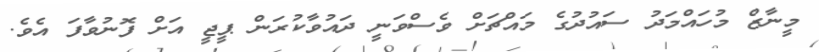
މީނާޒް މުހައްމަދު ސައުދުގެ މައްޗަށް ވެސްވަނީ ދައުވާކުރަން ޕީޖީ އަށް ފޮނުވާފަ އެވެ.